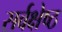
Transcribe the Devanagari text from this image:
सर्वक्षेष्ठ